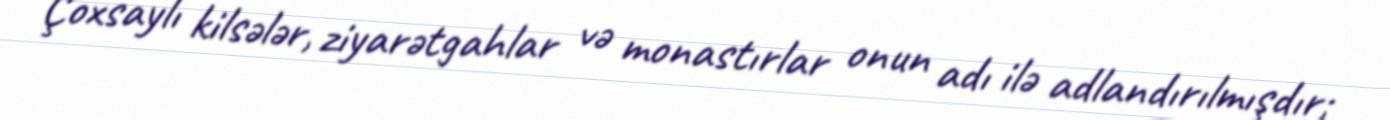
Çoxsaylı kilsələr, ziyarətgahlar və monastırlar onun adı ilə adlandırılmışdır;